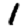
Digit: 1